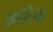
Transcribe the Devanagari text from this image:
छांटेगा